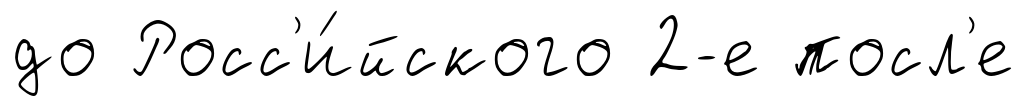
до Росс'и́йского 2-е посл'е